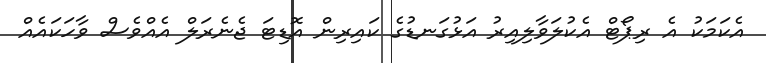
އެކަމަކު އެ ރިޕޯޓް އެކުލަވާލިއިރު އަޅުގަނޑުގެ ކައިރިން އޮޑިޓަ ޖެނެރަލް އެއްވެސް ވާހަކައެއް